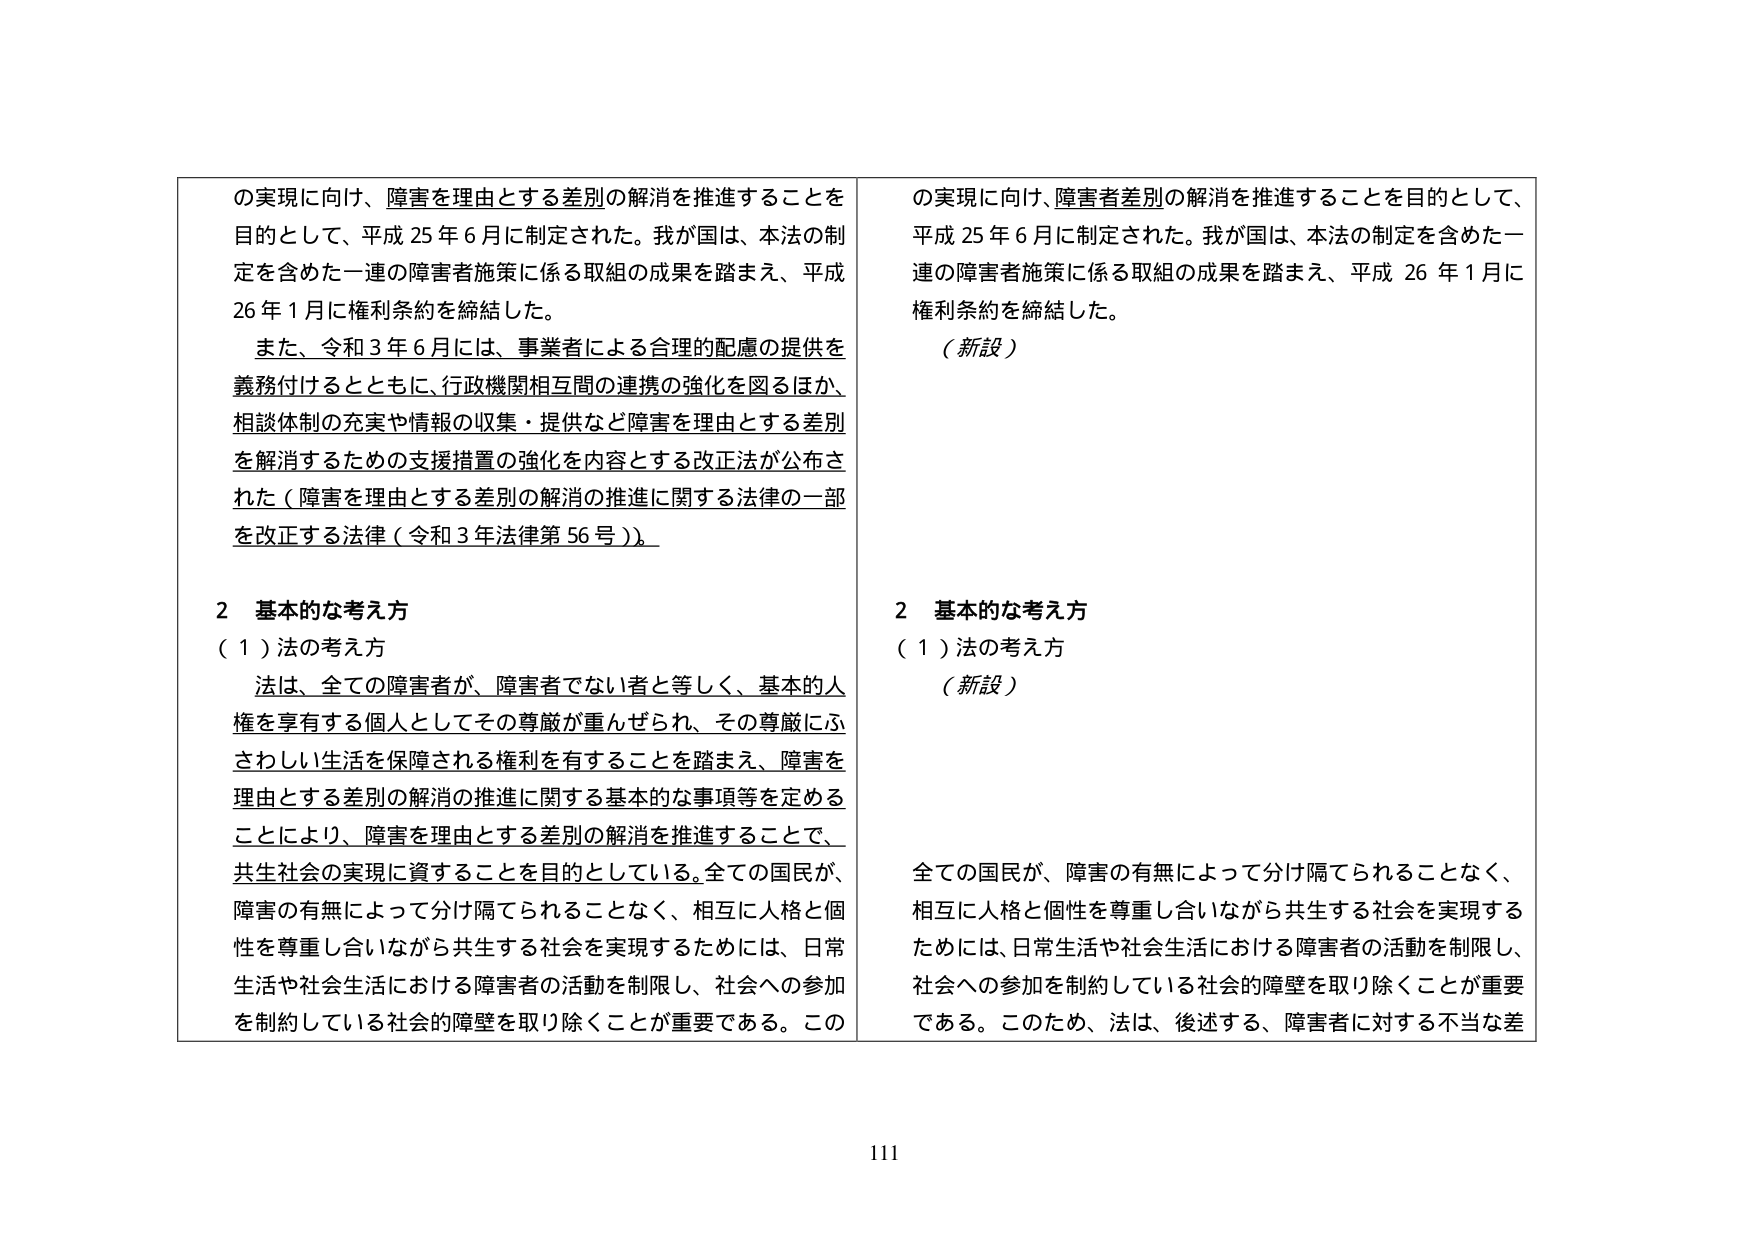
の実現に向け、障害を理由とする差別の解消を推進することを目的として、平成25年6月に制定された。我が国は、本法の制定を含めた一連の障害者施策に係る取組の成果を踏まえ、平成26年1月に権利条約を締結した。

また、令和3年6月には、事業者による合理的配慮の提供を義務付けるとともに、行政機関相互間の連携の強化を図るほか、相談体制の充実や情報の収集・提供など障害を理由とする差別を解消するための支援措置の強化を内容とする改正法が公布された（障害を理由とする差別の解消の推進に関する法律の一部を改正する法律（令和3年法律第56号））。

2 基本的な考え方
（1）法の考え方
法は、全ての障害者が、障害者でない者と等しく、基本的人権を享有する個人としてその尊厳が重んぜられ、その尊厳にふさわしい生活を保障される権利を有することを踏まえ、障害を理由とする差別の解消の推進に関する基本的な事項等を定めることにより、障害を理由とする差別の解消を推進することで、共生社会の実現に資することを目的としている。全ての国民が、障害の有無によって分け隔てられることなく、相互に人格と個性を尊重し合いながら共生する社会を実現するためには、日常生活や社会生活における障害者の活動を制限し、社会への参加を制約している社会的障壁を取り除くことが重要である。この

の実現に向け、障害者差別の解消を推進することを目的として、平成25年6月に制定された。我が国は、本法の制定を含めた一連の障害者施策に係る取組の成果を踏まえ、平成26年1月に権利条約を締結した。

（新設）

2 基本的な考え方
（1）法の考え方
（新設）

全ての国民が、障害の有無によって分け隔てられることなく、相互に人格と個性を尊重し合いながら共生する社会を実現するためには、日常生活や社会生活における障害者の活動を制限し、社会への参加を制約している社会的障壁を取り除くことが重要である。このため、法は、後述する、障害者に対する不当な差

111